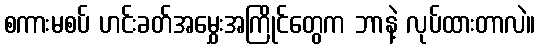
စကားမစပ် ဟင်းခတ်အမွှေးအကြိုင်တွေက ဘာနဲ့ လုပ်ထားတာလဲ။